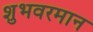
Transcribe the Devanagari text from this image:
शुभवरमान